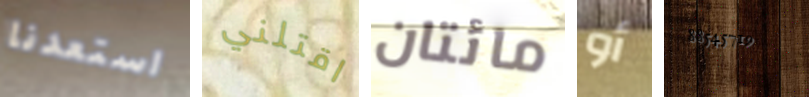
استعدنا اقتلني مائتان أو 88545719